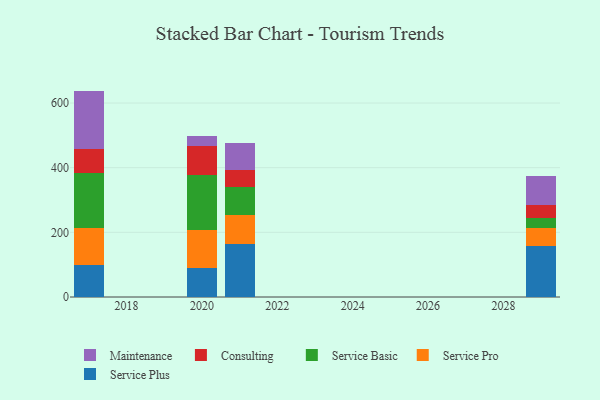
{"axis": {"x": "Year", "y": "Website Visitors"}, "legend": ["Consulting", "Maintenance", "Service Basic", "Service Plus", "Service Pro"], "data": [{"x": "2017", "y": 98.6, "type": "Service Plus"}, {"x": "2017", "y": 115.8, "type": "Service Pro"}, {"x": "2017", "y": 167.6, "type": "Service Basic"}, {"x": "2017", "y": 77.1, "type": "Consulting"}, {"x": "2017", "y": 178.5, "type": "Maintenance"}, {"x": "2021", "y": 165.0, "type": "Service Plus"}, {"x": "2021", "y": 88.1, "type": "Service Pro"}, {"x": "2021", "y": 87.1, "type": "Service Basic"}, {"x": "2021", "y": 52.3, "type": "Consulting"}, {"x": "2021", "y": 84.5, "type": "Maintenance"}, {"x": "2020", "y": 90.4, "type": "Service Plus"}, {"x": "2020", "y": 116.8, "type": "Service Pro"}, {"x": "2020", "y": 169.0, "type": "Service Basic"}, {"x": "2020", "y": 89.4, "type": "Consulting"}, {"x": "2020", "y": 33.5, "type": "Maintenance"}, {"x": "2029", "y": 159.0, "type": "Service Plus"}, {"x": "2029", "y": 54.3, "type": "Service Pro"}, {"x": "2029", "y": 31.5, "type": "Service Basic"}, {"x": "2029", "y": 39.2, "type": "Consulting"}, {"x": "2029", "y": 90.8, "type": "Maintenance"}]}